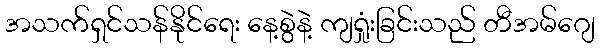
အသက်ရှင်သန်နိုင်ရေး နေ့စွဲနဲ့ ကျရှုံးခြင်းသည် တီအမ်ဂျေ